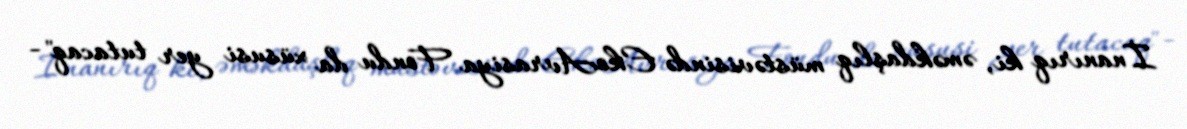
İnanırıq ki, əməkdaşlıq müstəvisində EkoAvrasiya Fondu da xüsusi yer tutacaq" -